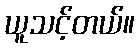
ယူသင့်တယ်။